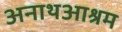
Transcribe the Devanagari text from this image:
अनाथआश्रम